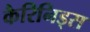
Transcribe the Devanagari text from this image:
कैरिनिड्स